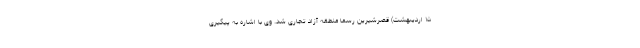
۱۵ اردیبهشت) قصرشیرین رسما منطقه آزاد تجاری شد. وی با اشاره به پیگیری